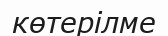
көтерілме